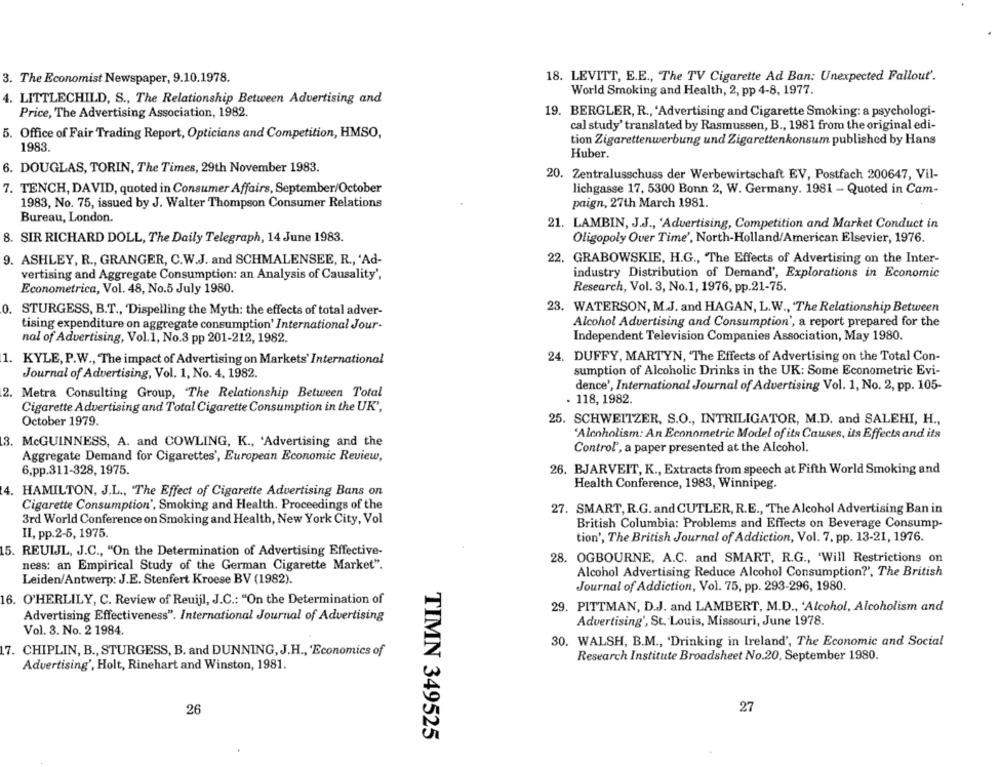
18. LEVITT, E.E ., The TV Cigarette Ad Ban: Unexpected Fallout'.
3. The Economist Newspaper, 9.10.1978.
World Smoking and Health, 2, pp 4-8, 1977.
4. LITTLECHILD, S ., The Relationship Between Advertising and
Price, The Advertising Association, 1982.
19. BERGLER, R ., Advertising and Cigarette Smoking: a psychologi-
cal study' translated by Rasmussen, B ., 1981 from the original edi-
5. Office of Fair Trading Report, Opticians and Competition, HMSO,
1983.
tion Zigarettenwerbung und Zigarettenkonsum published by Hans
Huber.
6. DOUGLAS, TORIN, The Times, 29th November 1983.
20. Zentralusschuss der Werbewirtschaft EV, Postfach 200647, Vil-
7. TENCH, DAVID, quoted in Consumer Affairs, September/October
lichgasse 17, 5300 Bonn 2, W. Germany. 1981 - Quoted in Cam-
1983, No. 75, issued by J. Walter Thompson Consumer Relations
paign, 27th March 1981.
Bureau, London.
21. LAMBIN, J.J ., 'Advertising, Competition and Market Conduct in
Oligopoly Over Time', North-Holland/American Elsevier, 1976.
8. SIR RICHARD DOLL, The Daily Telegraph, 14 June 1983.
9. ASHLEY, R ., GRANGER, C.W.J. and SCHMALENSEE, R ., 'Ad-
22. GRABOWSKIE, H.G ., The Effects of Advertising on the Inter-
vertising and Aggregate Consumption: an Analysis of Causality',
industry Distribution of Demand', Explorations in Economic
Econometrica, Vol. 48, No.5 July 1980.
Research, Vol. 3, No.1, 1976, pp.21-75.
0. STURGESS, B.T ., Dispelling the Myth: the effects of total adver-
23. WATERSON, M.J. and HAGAN, L.W ., The Relationship Between
Alcohol Advertising and Consumption', a report prepared for the
tising expenditure on aggregate consumption' International Jour-
Independent Television Companies Association, May 1980.
nal of Advertising, Vol.1, No.3 pp 201-212, 1982.
1. KYLE, P.W ., The impact of Advertising on Markets' International
24. DUFFY, MARTYN, 'The Effects of Advertising on the Total Con-
Journal of Advertising, Vol. 1, No. 4, 1982.
sumption of Alcoholic Drinks in the UK: Some Econometric Evi-
dence', International Journal of Advertising Vol. 1, No. 2, pp. 105-
2. Metra Consulting Group, The Relationship Between Total
- 118, 1982.
Cigarette Advertising and Total Cigarette Consumption in the UK",
October 1979.
25. SCHWEITZER, S.O ., INTRILIGATOR, M.D. and SALEHI, H .,
'Alcoholism: An Econometric Model of its Causes, its Effects and its
3. McGUINNESS, A. and COWLING, K ., 'Advertising and the
Control', a paper presented at the Alcohol.
Aggregate Demand for Cigarettes', European Economic Review,
6,pp.311-328, 1975.
26. BJARVEIT, K ., Extracts from speech at Fifth World Smoking and
4. HAMILTON, J.L ., "The Effect of Cigarette Advertising Bans on
Health Conference, 1983, Winnipeg.
Cigarette Consumption', Smoking and Health. Proceedings of the
27. SMART,R.G. and CUTLER, R.E ., The Alcohol Advertising Ban in
3rd World Conference on Smoking and Health, New York City, Vol
British Columbia: Problems and Effects on Beverage Consump-
II, pp.2-5, 1975.
tion', The British Journal of Addiction, Vol. 7, pp. 13-21, 1976.
5. REUIJL, J.C ., "On the Determination of Advertising Effective-
28. OGBOURNE, A.C. and SMART, R.G ., 'Will Restrictions on
ness: an Empirical Study of the German Cigarette Market".
Alcohol Advertising Reduce Alcohol Consumption?', The British
Leiden/Antwerp: J.E. Stenfert Kroese BV (1982).
Journal of Addiction, Vol. 75, pp. 293-296, 1980.
16. O'HERLILY, C. Review of Reuijl, J.C .: "On the Determination of
29. PITTMAN, D.J. and LAMBERT, M.D ., 'Alcohol, Alcoholism and
Advertising Effectiveness". International Journal of Advertising
Advertising', St. Louis, Missouri, June 1978.
Vol. 3. No. 2 1984.
30. WALSH, B.M ., 'Drinking in Ireland', The Economic and Social
17. CHIPLIN, B ., STURGESS, B. and DUNNING, J.H ., 'Economics of
Research Institute Broadsheet No.20, September 1980.
Advertising', Holt, Rinehart and Winston, 1981.
26
27
TIMN 349525